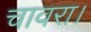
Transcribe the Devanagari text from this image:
चावरा।